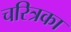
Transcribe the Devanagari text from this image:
चरित्रका